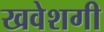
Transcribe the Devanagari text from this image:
खवेशगी